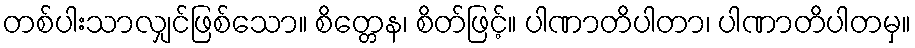
တစ်ပါးသာလျှင်ဖြစ်သော။ စိတ္တေန၊ စိတ်ဖြင့်။ ပါဏာတိပါတာ၊ ပါဏာတိပါတမှ။